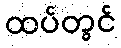
ထပ်တွင်